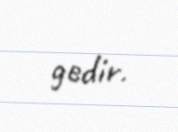
gedir.